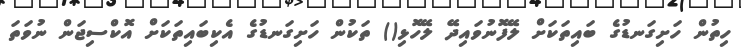
ހިތުން ހަށިގަނޑުގެ ބައިތަކަށް ލޭފޮނުވައިދޭ ލޭހޮޅި() ތަކުން ހަށިގަނޑުގެ އެކިބައިތަކަށް އޮކްސިޖަން ނުވަތަ